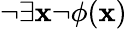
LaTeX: \neg\exists\mathbf{x}\neg\phi(\mathbf{x})